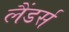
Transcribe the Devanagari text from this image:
लैंडर्स